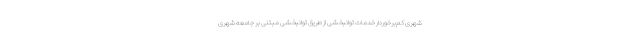
شهری کم‌برخوردار خدمات توانبخشی از طریق توانبخشی مبتنی بر جامعه شهری